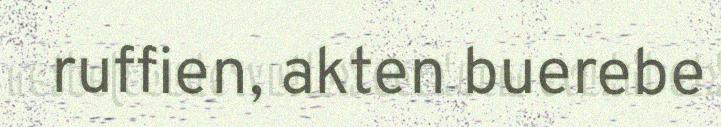
ruffien, akten buerebe